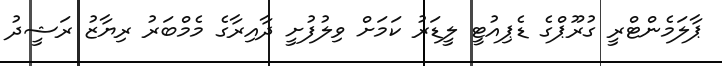
ޕާލަމެންޓްރީ ގުރޫޕްގެ ޑެޕިއުޓީ ލީޑަރު ކަމަށް ވިލުފުށީ ދާއިރާގެ މެމްބަރު ރިޔާޒު ރަޝީދު